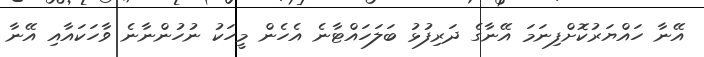
އޭނާ ހައްޔަރުކޮށްފިނަމަ އޭނާގެ ދަރިފުޅު ބަލަހައްޓާނެ އެހެން މީހަކު ނުހުންނާނެ ވާހަކައާއި އޭނާ